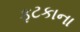
ફટકાના